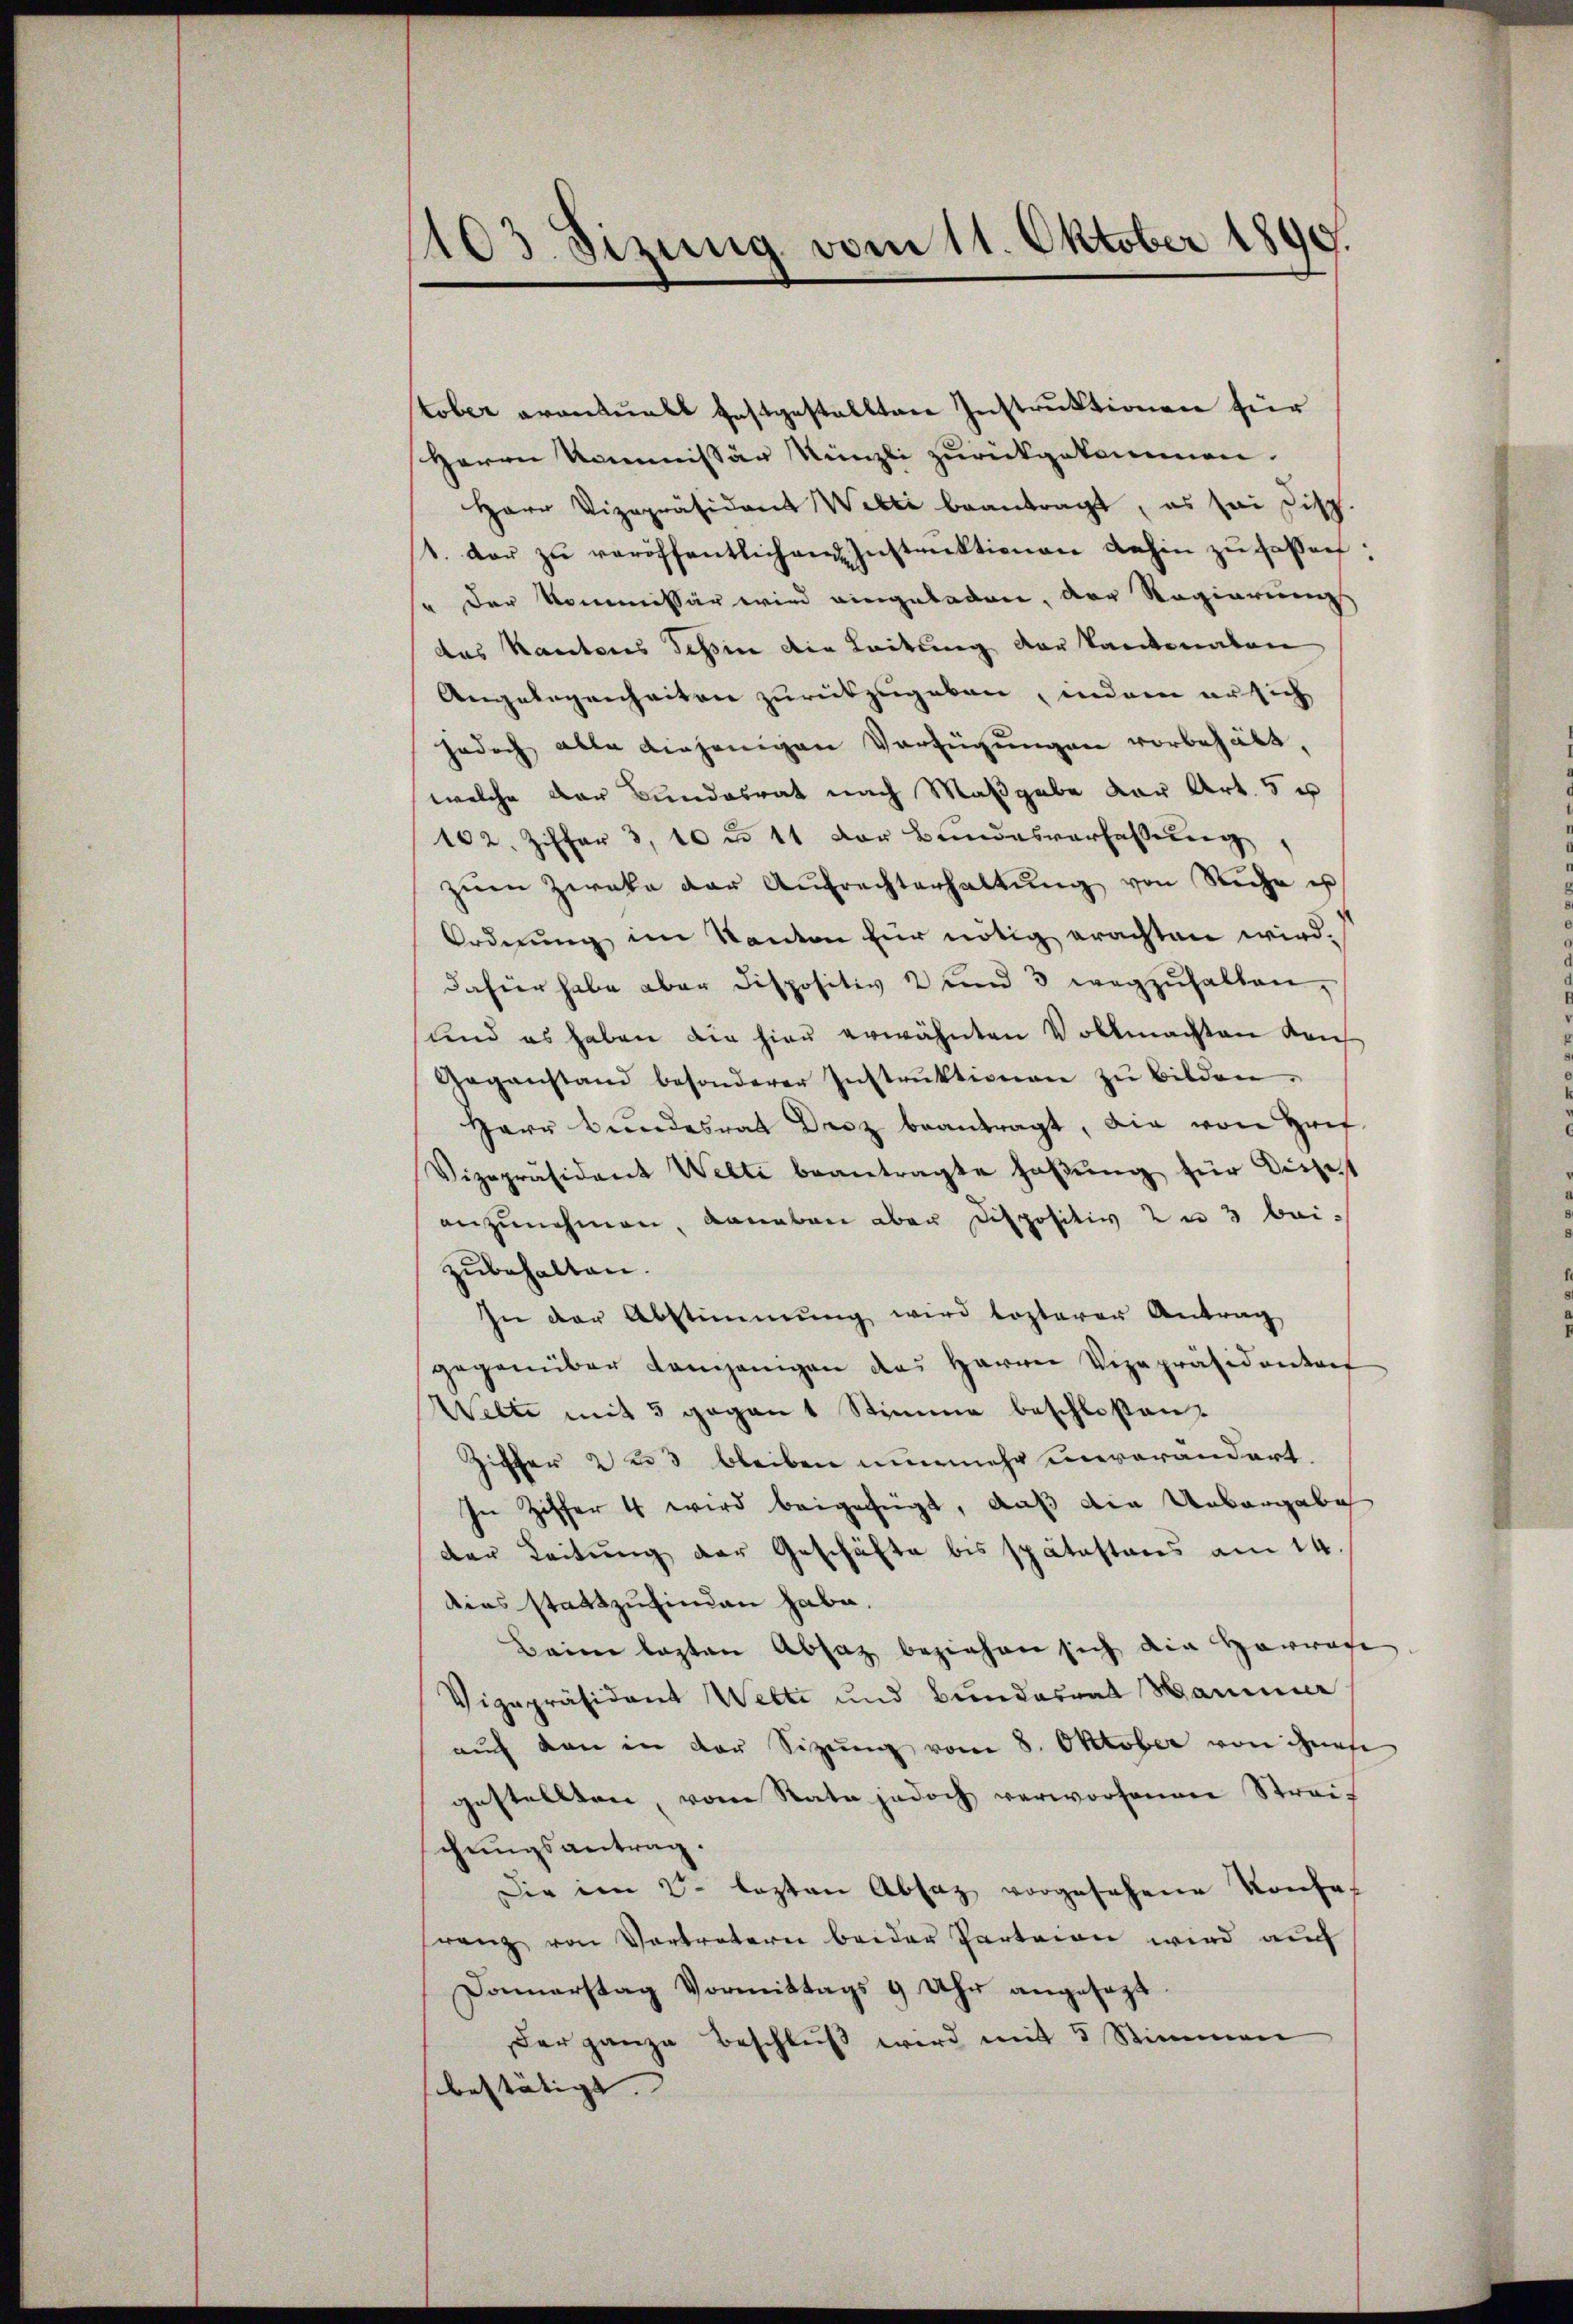
1103 Sizung vom 11. Oktober 1890.

tober avantualt festgestallten Instruktionen für
Herrn Kommissär Nünzli zurückgekommen.
Herr Vizepräsident Welti beantragt, es sei Disp.
1. der zŭ veröffentlichen Instanktionen dahin zŭ faßen:
" der Kommissär wird eingeladen, der Regierungs
das Kantores Tessin die Leitung der kantonalen
Angelegenheiten zurükzugeben, indem er sich
jedoch alle diejenigen Verfügungen vorbehält,
welche der Bundesrat nach Maßgabe der Art. 5 u
102. Ziffer 310 u. 11 der Bundesverfassŭng,
zŭm Zweke der Aŭfrechterhaltŭng von Ruhe u
Ordnung im Kanton für nötig erachten wird.
dahier habe aber dispositiv und 3 wegzŭhalten,
und es haben die hier erwähnten Vollmachten Kais
Gaganstand besonderer Instrŭktionen zŭ bilden.
Herr Bundesrat Droz beantragt, die von Hrif.
Vizepräsident Welti beantragte Haβŭng für dieset
anzunehmen, daneben aber Dispositiv 2 u 3 bei-
zubehalten.
In der Abstimmung wird lezteren Antrag
gegenüber demjenigen des Herren Vizepräsidentorf
Wilte mit 5 gegant Stimme beschloßen.
Ziffer 2 u 3 bleiben nunmehr unverändert.
In Ziffer 4 wird beigefügt, daß die Uebergabe
der Leitung der Geschäfte bis spätestens am 14.
dias stattzufinden habe.
Beim lezten Absatz beziehen sich ain Harrage
Vigepräsident Welti und Bundesrat Hammer
auf den in der Sitzung vom 8. Oktober von ihnefe
gestellten, vom Rate jedoch verworfenen Strei-
schungsantrag.
Die im V. lezten Absatz vorgesehene Konfe-
ranz von Vertretern beider Parteien wird auch
Donnerstag Vormittags 9 Uhr angesezt
der ganze Beschluß wird mit 5 Stimmen
bestätigt. |